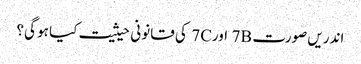
اندریں صورت 7B اور7C کی قانونی حیثیت کیا ہو گی؟